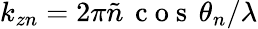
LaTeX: k_{zn}=2\pi\tilde{n}\, \mathrm{~c~o~s~}\, \theta_{n}/\lambda